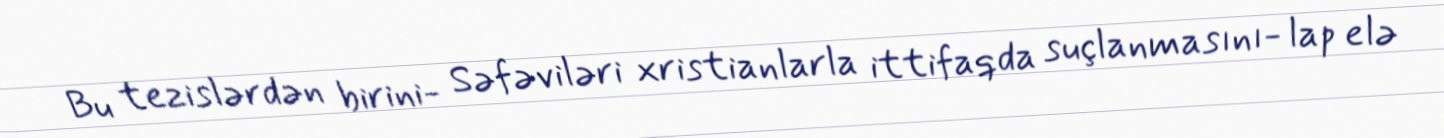
Bu tezislərdən birini- Səfəviləri xristianlarla ittifaqda suçlanmasını- lap elə